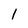
Character: 1